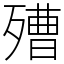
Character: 𣩒